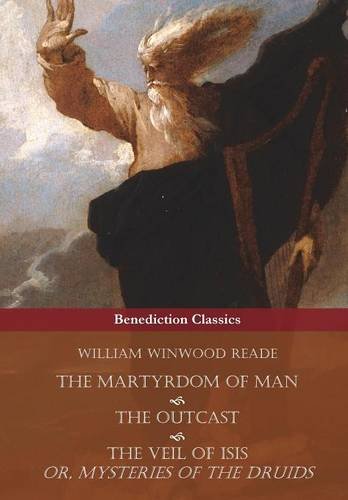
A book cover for The Martyrdom of Man, The Outcast, and The Veil Of Isis; or, Mysteries of the Druids; William Winwood Reade; Religion & Spirituality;